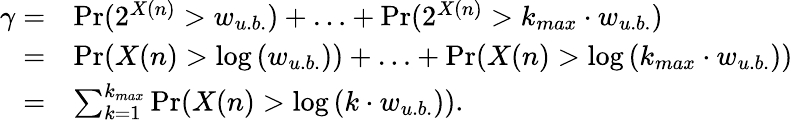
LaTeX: \begin{array}{rl}{\gamma=}&{\operatorname*{Pr}(2^{X(n)}>w_{u.b.})+\ldots+\operatorname*{Pr}(2^{X(n)}>k_{max}\cdot w_{u.b.})}\\ {=}&{\operatorname*{Pr}(X(n)>\log{(w_{u.b.})})+\ldots+\operatorname*{Pr}(X(n)>\log{\left(k_{max}\cdot w_{u.b.}\right)})}\\ {=}&{\sum_{k=1}^{k_{max}}\operatorname*{Pr}(X(n)>\log{(k\cdot w_{u.b.})}).}\end{array}